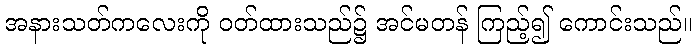
အနားသတ်ကလေးကို ဝတ်ထားသည်၌ အင်မတန် ကြည့်၍ ကောင်းသည်။